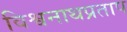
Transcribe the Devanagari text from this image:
विश्वनाथप्रताप